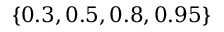
\left\lbrace 0 . 3 , 0 . 5 , 0 . 8 , 0 . 9 5 \right\rbrace